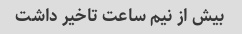
بیش از نیم ساعت تاخیر داشت